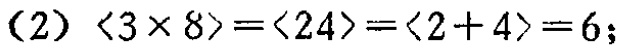
(2) $\langle 3\times 8\rangle=\langle 24\rangle=\langle 2 + 4\rangle=6$;